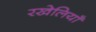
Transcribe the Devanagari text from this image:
रखेलियाँ